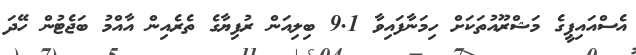
އެސްއައިޕީގެ މަޝްރޫއުތަކަށް ހިމަނާފައިވާ 9.1 ބިލިއަން ރުފިޔާގެ ތެރެއިން އާއްމު ބަޖެޓުން ހޭދަ